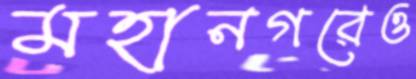
মহানগরেও